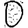
Digit: 0